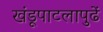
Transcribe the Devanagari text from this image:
खंडूपाटलापुढें